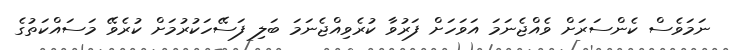
ނަމަވެސް ކެންސަރަށް ވެއްޖެނަމަ އަވަހަށް ފަރުވާ ކުރެވިއްޖެނަމަ ބަލި ފަސޭހަކުރުމަށް ކުރެވޭ މަސައްކަތުގެ